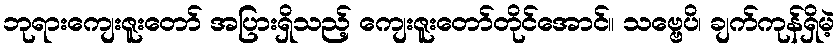
ဘုရားကျေးဇူးတော် အပြားရှိသည့် ကျေးဇူးတော်တိုင်အောင်။ သဗ္ဗေပိ၊ ချက်ကုန်ရှိမဲ့